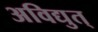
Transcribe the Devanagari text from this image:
अविद्युत्